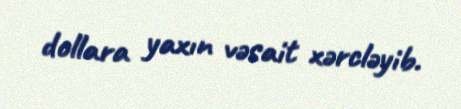
dollara yaxın vəsait xərcləyib.